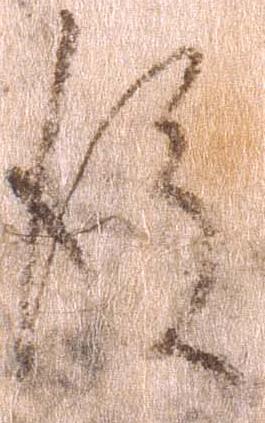
後